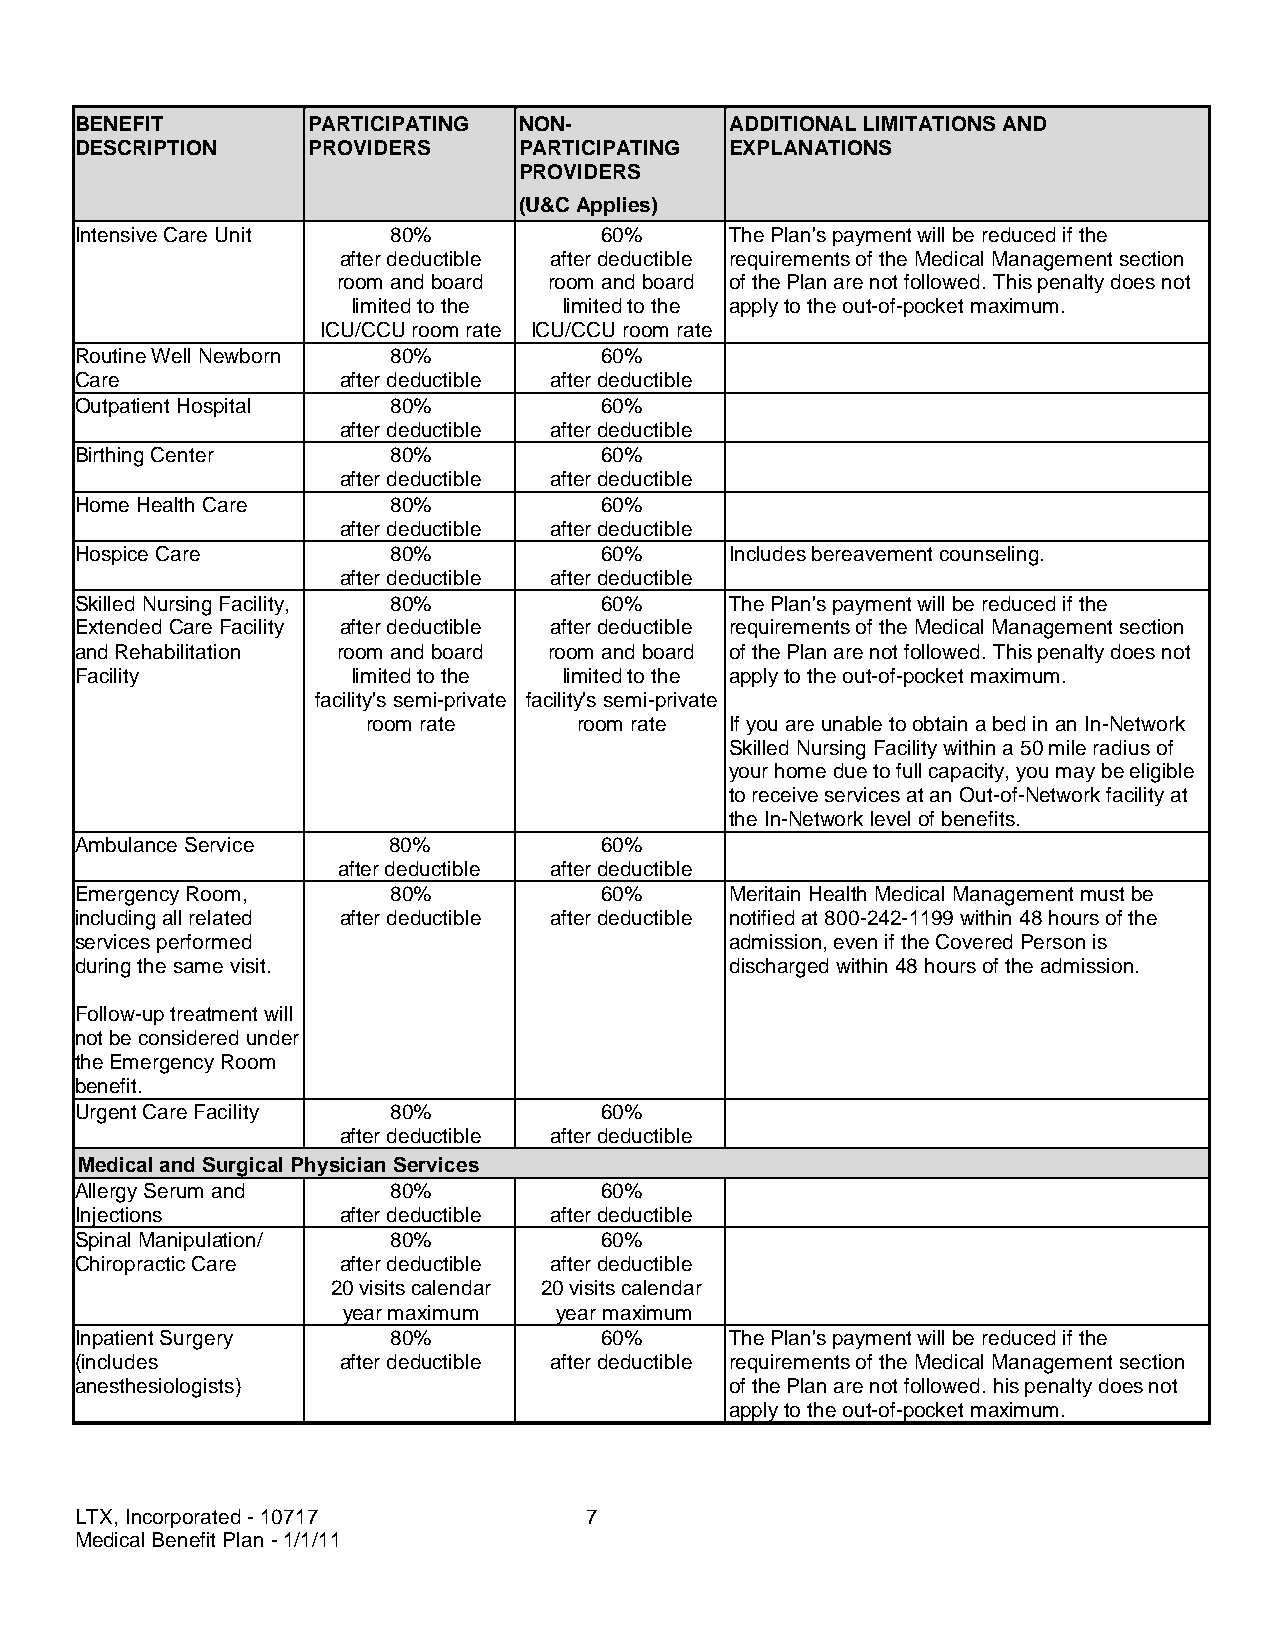
BENEFIT        PARTICIPATING NON-          ADDITIONAL LIMITATIONS AND
 DESCRIPTION    PROVIDERS     PARTICIPATING EXPLANATIONS
 PROVIDERS
 (U&C Applies)
 Intensive Care Unit  80%           60%     The Plan's payment will be reduced if the
 after deductible after deductible requirements of the Medical Management section
 room and board room and board of the Plan are not followed. This penalty does not
 limited to the limited to the apply to the out-of-pocket maximum.
 ICU/CCU room rate ICU/CCU room rate
 Routine Well Newborn 80%           60%
 Care             after deductible after deductible
 Outpatient Hospital  80%           60%
 after deductible after deductible
 Birthing Center      80%           60%
 after deductible after deductible
 Home Health Care     80%           60%
 after deductible after deductible
 Hospice Care         80%           60%     Includes bereavement counseling.
 after deductible after deductible
 Skilled Nursing Facility, 80%      60%     The Plan's payment will be reduced if the
 Extended Care Facility after deductible after deductible requirements of the Medical Management section
 and Rehabilitation room and board room and board of the Plan are not followed. This penalty does not
 Facility          limited to the limited to the apply to the out-of-pocket maximum.
 facility's semi-private facility's semi-private
 room rate     room rate If you are unable to obtain a bed in an In-Network
 Skilled Nursing Facility within a 50 mile radius of
 your home due to full capacity, you may be eligible
 to receive services at an Out-of-Network facility at
 the In-Network level of benefits.
 Ambulance Service    80%           60%
 after deductible after deductible
 Emergency Room,      80%           60%     Meritain Health Medical Management must be
 including all related after deductible after deductible notified at 800-242-1199 within 48 hours of the
 services performed                         admission, even if the Covered Person is
 during the same visit.                     discharged within 48 hours of the admission.
 Follow-up treatment will
 not be considered under
 the Emergency Room
 benefit.
 Urgent Care Facility 80%           60%
 after deductible after deductible
 Medical and Surgical Physician Services
 Allergy Serum and    80%           60%
 Injections       after deductible after deductible
 Spinal Manipulation/ 80%           60%
 Chiropractic Care after deductible after deductible
 20 visits calendar 20 visits calendar
 year maximum  year maximum
 Inpatient Surgery    80%           60%     The Plan's payment will be reduced if the
 (includes        after deductible after deductible requirements of the Medical Management section
 anesthesiologists)                         of the Plan are not followed. his penalty does not
 apply to the out-of-pocket maximum.
 LTX, Incorporated - 10717         7
 Medical Benefit Plan - 1/1/11